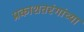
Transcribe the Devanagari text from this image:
प्रकाशतरंगांच्या